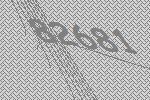
82681